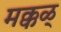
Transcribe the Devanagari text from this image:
मक्कळ्